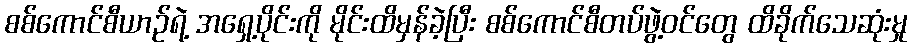
စစ်ကောင်စီယာဉ်ရဲ့ အရှေ့ပိုင်းကို မိုင်းထိမှန်ခဲ့ပြီး စစ်ကောင်စီတပ်ဖွဲ့ဝင်တွေ ထိခိုက်သေဆုံးမှု